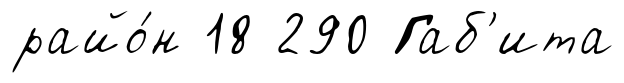
райо́н 18 290 Габ'ита